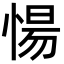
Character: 愓